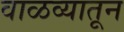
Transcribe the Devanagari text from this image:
वाळव्यातून